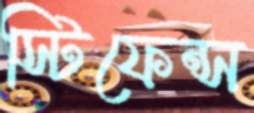
স্টিফেন্স